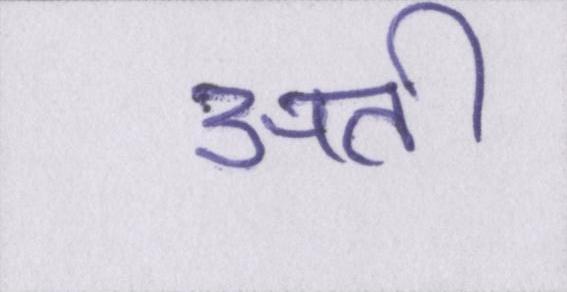
अती